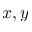
x , y